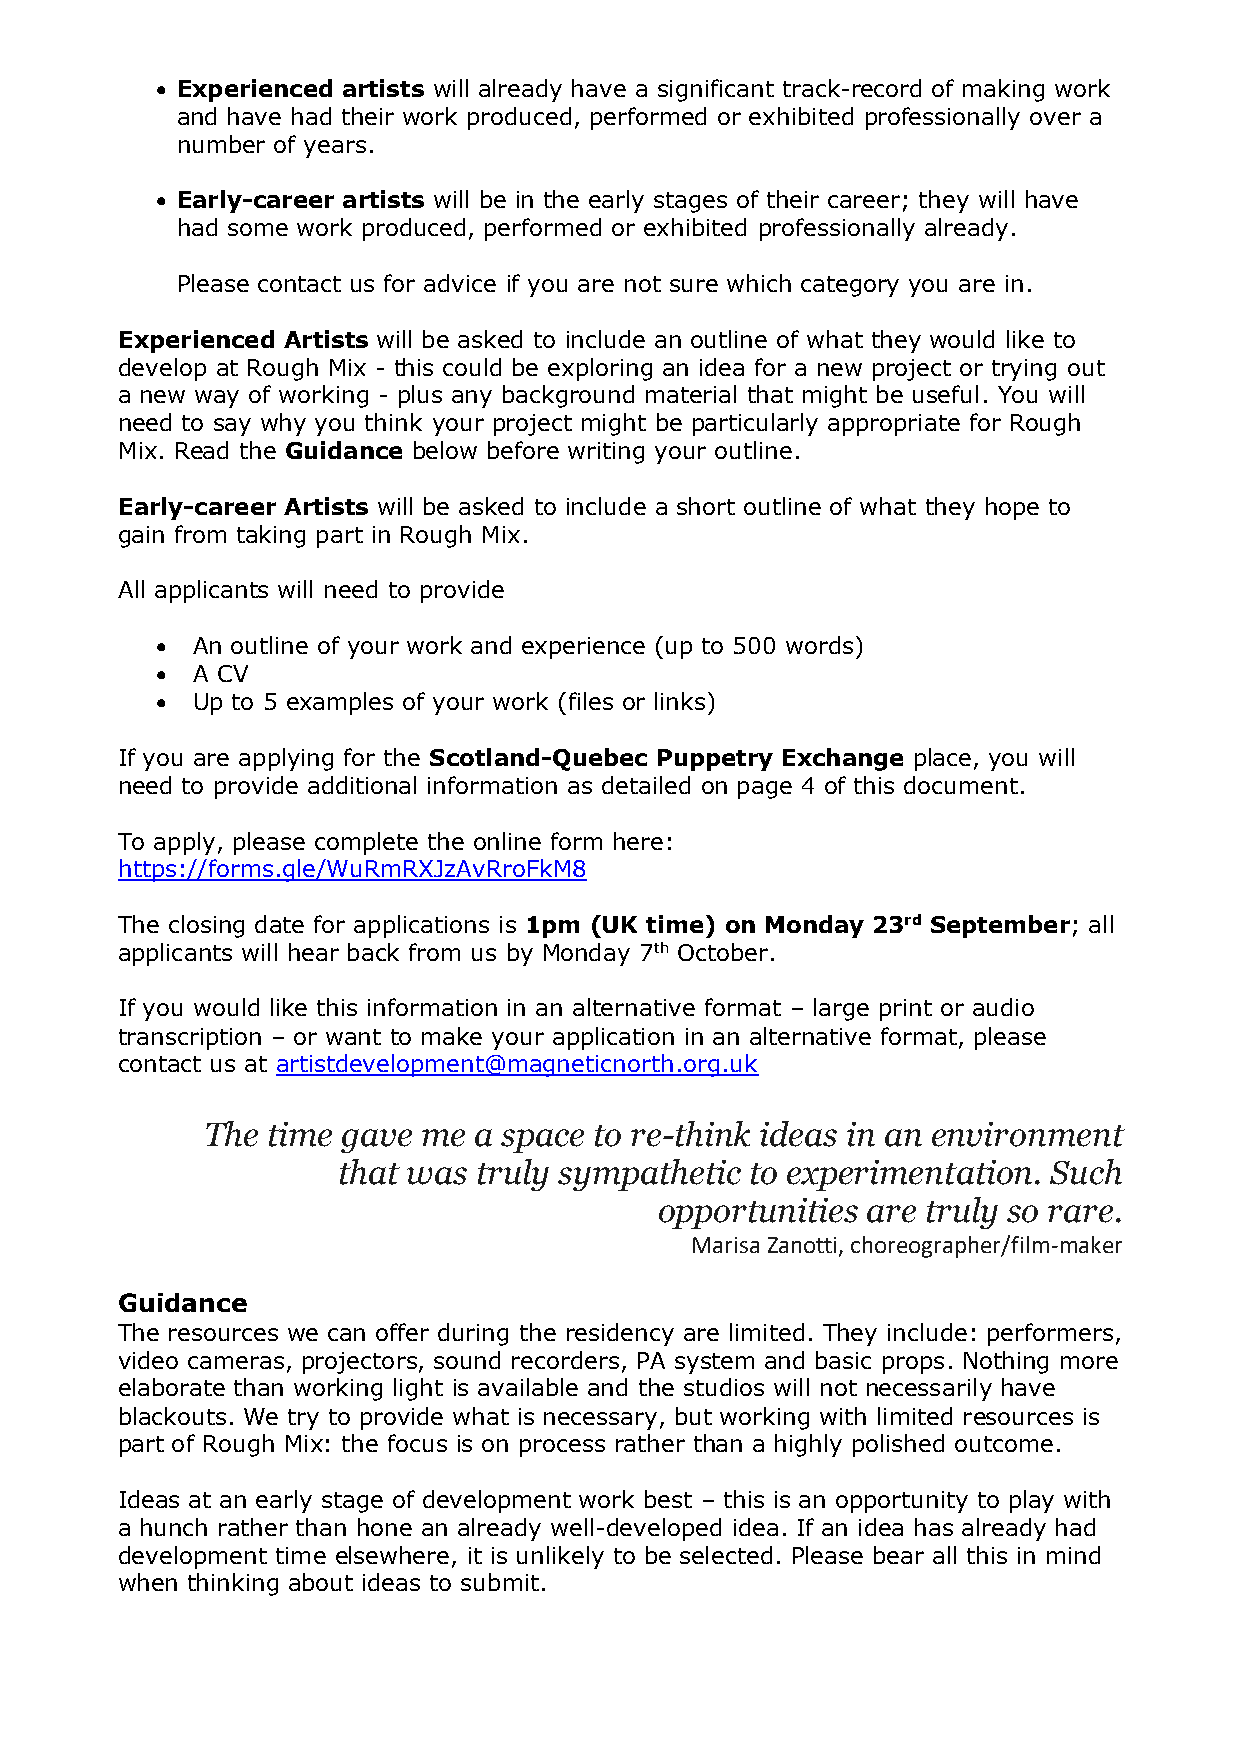
• Experienced artists will already have a significant track-record of making work
 and have had their work produced, performed or exhibited professionally over a
 number of years.
 • Early-career artists will be in the early stages of their career; they will have
 had some work produced, performed or exhibited professionally already.
 Please contact us for advice if you are not sure which category you are in.
 Experienced Artists will be asked to include an outline of what they would like to
 develop at Rough Mix - this could be exploring an idea for a new project or trying out
 a new way of working - plus any background material that might be useful. You will
 need to say why you think your project might be particularly appropriate for Rough
 Mix. Read the Guidance below before writing your outline.
 Early-career Artists will be asked to include a short outline of what they hope to
 gain from taking part in Rough Mix.
 All applicants will need to provide
 •  An outline of your work and experience (up to 500 words)
 •  A CV
 •  Up to 5 examples of your work (files or links)
 If you are applying for the Scotland-Quebec Puppetry Exchange place, you will
 need to provide additional information as detailed on page 4 of this document.
 To apply, please complete the online form here:
 https://forms.gle/WuRmRXJzAvRroFkM8
 The closing date for applications is 1pm (UK time) on Monday 23rd September; all
 applicants will hear back from us by Monday 7th October.
 If you would like this information in an alternative format – large print or audio
 transcription – or want to make your application in an alternative format, please
 contact us at artistdevelopment@magneticnorth.org.uk
 The  time gave me a space to re-think ideas in an environment
 that was  truly sympathetic to experimentation. Such
 opportunities are truly so rare.
 Marisa Zanotti, choreographer/film-maker
 Guidance
 The resources we can offer during the residency are limited. They include: performers,
 video cameras, projectors, sound recorders, PA system and basic props. Nothing more
 elaborate than working light is available and the studios will not necessarily have
 blackouts. We try to provide what is necessary, but working with limited resources is
 part of Rough Mix: the focus is on process rather than a highly polished outcome.
 Ideas at an early stage of development work best – this is an opportunity to play with
 a hunch rather than hone an already well-developed idea. If an idea has already had
 development time elsewhere, it is unlikely to be selected. Please bear all this in mind
 when thinking about ideas to submit.